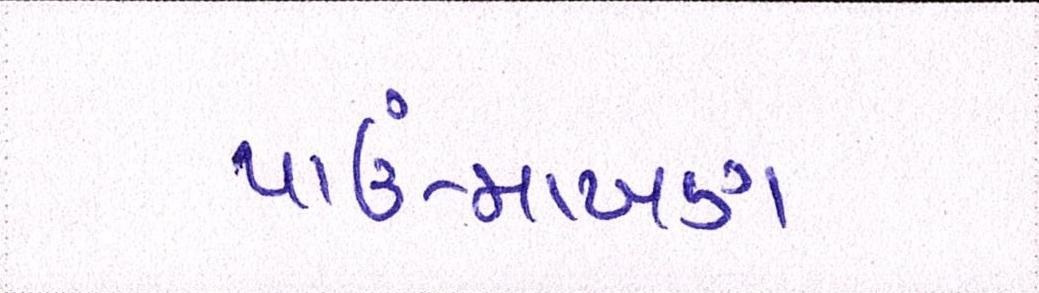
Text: પાઉં-માખણ